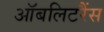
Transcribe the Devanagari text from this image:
ऑबलिटरैंस